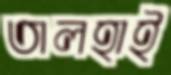
তালহাই